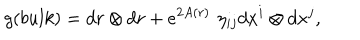
LaTeX: g ( b u l k ) = d r \otimes d r + e ^ { 2 A ( r ) } \, \, \eta _ { i j } d x ^ { i } \otimes d x ^ { j } ,